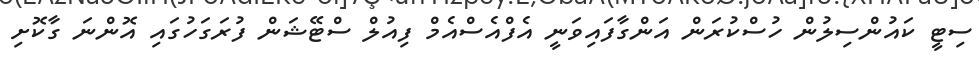
ސިޓީ ކައުންސިލުން ހުސްކުރަން އަންގާފައިވަނީ އެފްއެސްއެމް ފިއުލް ސްޓޭޝަން ފުރަގަހުގައި އޮންނަ ގާކޮށި